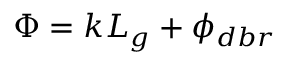
\Phi = k L _ { g } + \phi _ { d b r }